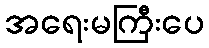
အရေးမကြီးပေ